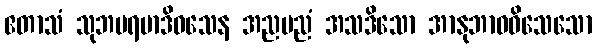
ဧတာသံ သုဘပရမာဒိဝသေန အညမညံ အသဒိသော အာနုဘာဝဝိသေသော